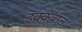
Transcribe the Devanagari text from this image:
इक्कबाल